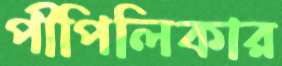
পীপিলিকার